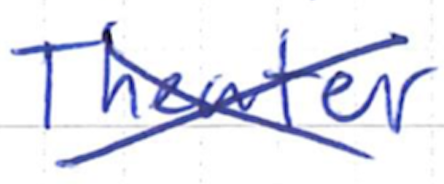
Text: Theater
Cross-out: cross
Writing tool: ballpoint